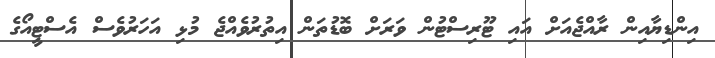
އިންޑިޔާއިން ރާއްޖެއަށް އައި ޓޫރިސްޓުން ވަރަށް ބޮޑުތަން އިތުރުވެއްޖެ މުޅި އަހަރުވެސް އެސްޓީއޯގެ